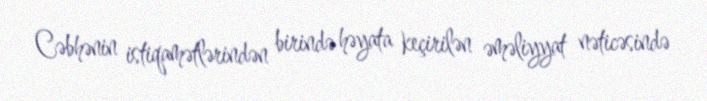
Cəbhənin istiqamətlərindən birində həyata keçirilən əməliyyat nəticəsində